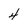
Character: 4